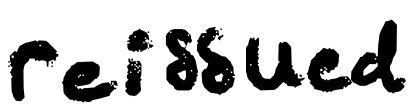
Text: reissued
Cross-out: clean
Writing tool: digital_black